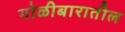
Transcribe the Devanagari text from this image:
गोळीबारातील